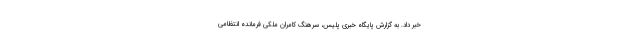
خبر داد. به گزارش پایگاه خبری پلیس، سرهنگ کامران ملکی فرمانده انتظامی